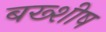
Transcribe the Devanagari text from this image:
बख्शीष